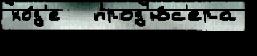
хо́д'е   прод'ю́с'ера